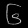
Digit: ၆